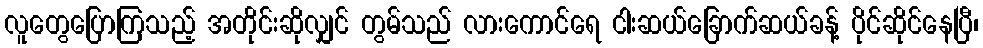
လူတွေပြောကြသည့် အတိုင်းဆိုလျှင် တွမ်သည် လားကောင်ရေ ငါးဆယ်ခြောက်ဆယ်ခန့် ပိုင်ဆိုင်နေပြီ၊